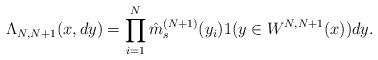
LaTeX: \begin{align*}\Lambda_{N,N+1}(x,dy)=\prod_{i=1}^{N}\hat{m}_s^{(N+1)}(y_i)\boldmath{1}(y\in W^{N,N+1}(x))dy.\end{align*}